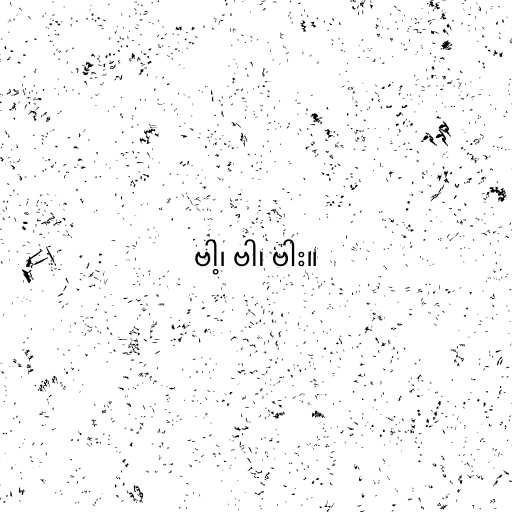
ဗါ့၊ ဗါ၊ ဗါး။